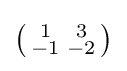
\left({\begin{smallmatrix}1&3\\-1&-2\\\end{smallmatrix}}\right)